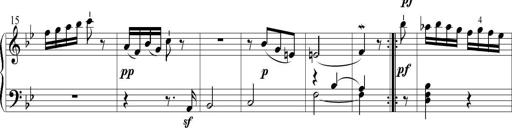
Title: 6 Leichte Sonatinen, Teil 1
Composer: F. Sigismund Sander